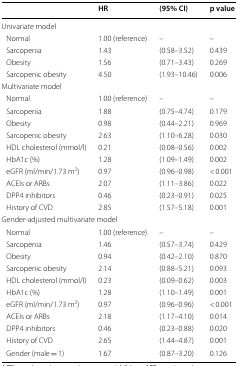
<table><thead><tr><td></td><td><b>HR</b></td><td><b>(95% CI)</b></td><td><b>p value</b></td></tr></thead><tbody><tr><td colspan="4">Univariate model</td></tr><tr><td> Normal</td><td>1.00 (reference)</td><td>–</td><td>–</td></tr><tr><td> Sarcopenia</td><td>1.43</td><td>(0.58–3.52)</td><td>0.439</td></tr><tr><td> Obesity</td><td>1.56</td><td>(0.71–3.43)</td><td>0.269</td></tr><tr><td> Sarcopenic obesity</td><td>4.50</td><td>(1.93–10.46)</td><td>0.006</td></tr><tr><td colspan="4">Multivariate model</td></tr><tr><td> Normal</td><td>1.00 (reference)</td><td>–</td><td>–</td></tr><tr><td> Sarcopenia</td><td>1.88</td><td>(0.75–4.74)</td><td>0.179</td></tr><tr><td> Obesity</td><td>0.98</td><td>(0.44–2.21)</td><td>0.969</td></tr><tr><td> Sarcopenic obesity</td><td>2.63</td><td>(1.10–6.28)</td><td>0.030</td></tr><tr><td> HDL cholesterol (mmol/l)</td><td>0.21</td><td>(0.08–0.56)</td><td>0.002</td></tr><tr><td> HbA1c (%)</td><td>1.28</td><td>(1.09–1.49)</td><td>0.002</td></tr><tr><td> eGFR (ml/min/1.73 m<sup>2</sup>)</td><td>0.97</td><td>(0.96–0.98)</td><td>&lt; 0.001</td></tr><tr><td> ACEIs or ARBs</td><td>2.07</td><td>(1.11–3.86)</td><td>0.022</td></tr><tr><td> DPP4 inhibitors</td><td>0.46</td><td>(0.23–0.91)</td><td>0.025</td></tr><tr><td> History of CVD</td><td>2.85</td><td>(1.57–5.18)</td><td>0.001</td></tr><tr><td colspan="4">Gender-adjusted multivariate model</td></tr><tr><td> Normal</td><td>1.00 (reference)</td><td>–</td><td>–</td></tr><tr><td> Sarcopenia</td><td>1.46</td><td>(0.57–3.74)</td><td>0.429</td></tr><tr><td> Obesity</td><td>0.94</td><td>(0.42–2.10)</td><td>0.870</td></tr><tr><td> Sarcopenic obesity</td><td>2.14</td><td>(0.88–5.21)</td><td>0.093</td></tr><tr><td> HDL cholesterol (mmol/l)</td><td>0.23</td><td>(0.09–0.62)</td><td>0.003</td></tr><tr><td> HbA1c (%)</td><td>1.28</td><td>(1.10–1.49)</td><td>0.001</td></tr><tr><td> eGFR (ml/min/1.73 m<sup>2</sup>)</td><td>0.97</td><td>(0.96–0.96)</td><td>&lt; 0.001</td></tr><tr><td> ACEIs or ARBs</td><td>2.18</td><td>(1.17–4.10)</td><td>0.014</td></tr><tr><td> DPP4 inhibitors</td><td>0.46</td><td>(0.23–0.88)</td><td>0.020</td></tr><tr><td> History of CVD</td><td>2.65</td><td>(1.44–4.87)</td><td>0.001</td></tr><tr><td> Gender (male = 1)</td><td>1.67</td><td>(0.87–3.20)</td><td>0.126</td></tr></tbody></table>